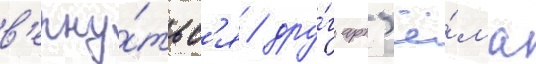
в'ерну́тьс'я / дру́г арт'ё́ма